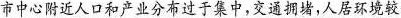
市中心附近人口和产业分布过于集中，交通拥堵，人居环境较